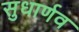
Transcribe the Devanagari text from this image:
सुधार्णव